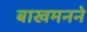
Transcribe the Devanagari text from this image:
बाखमनने